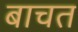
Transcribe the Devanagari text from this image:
बाचत